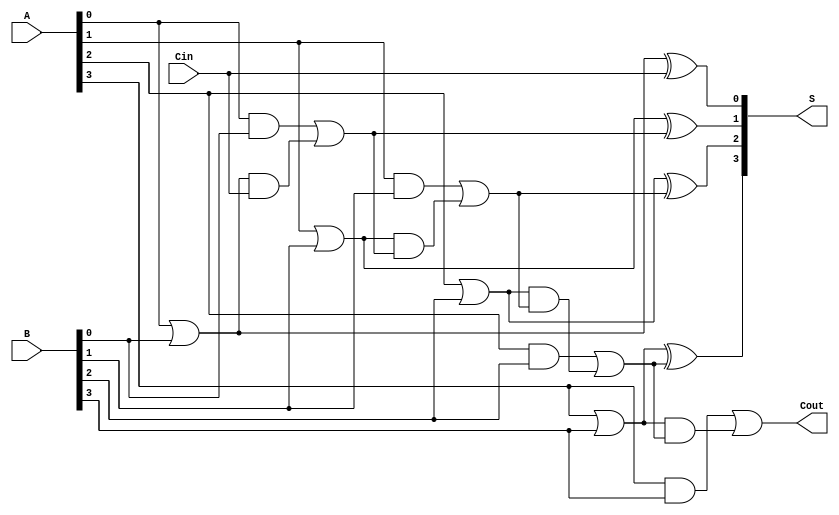
module RCLA #(parameter n = 4) (
    input [n-1:0] A,      // First n-bit input
    input [n-1:0] B,      // Second n-bit input
    input Cin,            // Carry-in
    output [n-1:0] S,     // n-bit sum output
    output Cout           // Carry-out
);

    // Generate and Propagate signals
    wire [n-1:0] G; // Generate
    wire [n-1:0] P; // Propagate
    wire [n:0] C;   // Carry (C[0] is Cin)

    // Generate and Propagate logic
    genvar i;
    generate
        for (i = 0; i < n; i = i + 1) begin : G_P
            assign G[i] = A[i] & B[i];  // Gi = Ai AND Bi
            assign P[i] = A[i] | B[i];  // Pi = Ai OR Bi
        end
    endgenerate

    // Carry Lookahead Logic
    assign C[0] = Cin; // Initial carry
    generate
        for (i = 0; i < n; i = i + 1) begin : Carry
            assign C[i+1] = G[i] | (P[i] & C[i]); // Carry calculation
        end
    endgenerate

    // Sum Calculation
    generate
        for (i = 0; i < n; i = i + 1) begin : Sum
            assign S[i] = P[i] ^ C[i];  // Si = Pi XOR Ci
        end
    endgenerate

    // Carry-out
    assign Cout = C[n]; // Final carry-out

endmodule